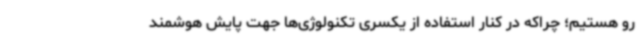
رو هستیم؛ چراکه در کنار استفاده از یکسری تکنولوژی‌ها جهت پایش هوشمند